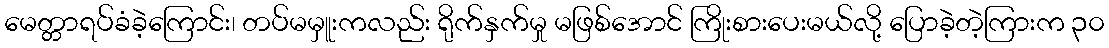
မေတ္တာရပ်ခံခဲ့ကြောင်း၊ တပ်မမှူးကလည်း ရိုက်နှက်မှု မဖြစ်အောင် ကြိုးစားပေးမယ်လို့ ပြောခဲ့တဲ့ကြားက ၃၀